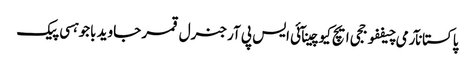
پاکستانآرمی چیففوججی ایچ کیوچینآئی ایس پی آرجنرل قمر جاوید باجوہسی پیک